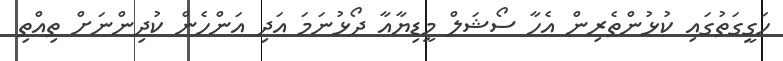
ހަގީގަތުގައި ކުޅުންތެރިން އެހާ ސޯޝަލް މީޑިޔާއާ ދޯޅުނަމަ އަދި އަންހެން ކުދިންނަށް ތިއްތި